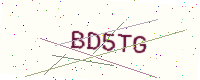
Text: BD5TG